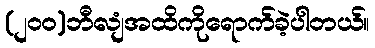
(၂၀၀)ဘီလျံအထိကိုရောက်ခဲ့ပါတယ်။